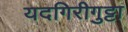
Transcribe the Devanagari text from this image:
यदगिरीगुट्टा